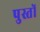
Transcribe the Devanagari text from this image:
पुस्तों